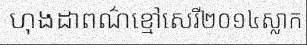
ហុងដាពណ៌ខ្មៅសេរី២០១៤ស្លាក